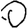
Digit: 0